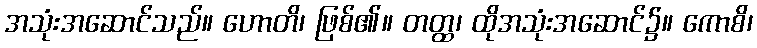
အသုံးအဆောင်သည်။ ဟောတိ၊ ဖြစ်၏။ တတ္ထ၊ ထိုအသုံးအဆောင်၌။ ကောစိ၊